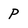
Character: p